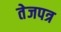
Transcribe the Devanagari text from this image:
तेजपत्र